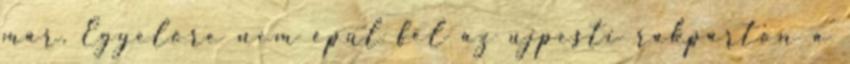
már. Egyelőre nem épül fel az ujpesti rakparton a